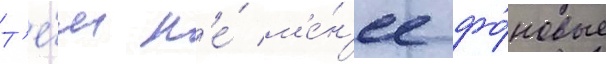
Т'е́м н'е́ м'е́н'ее фо́новые